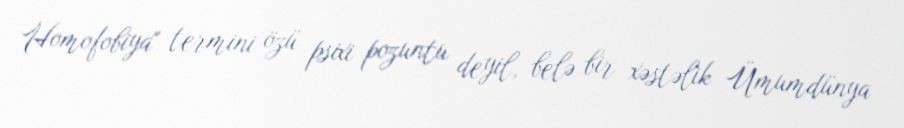
Homofobiya" termini özü psixi pozuntu deyil, belə bir xəstəlik Ümumdünya